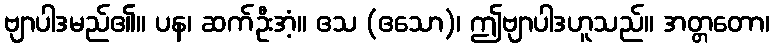
ဗျာပါဒမည်၏။ ပန၊ ဆက်ဦးအံ့။ ဧသ (ဧသော)၊ ဤဗျာပါဒဟူသည်။ အတ္တတော၊